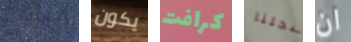
إبتهج يكون كرافت سجلنا ان